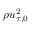
\rho u _ { \tau , 0 } ^ { 2 }